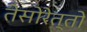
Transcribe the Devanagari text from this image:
तेसोरेत्तो